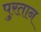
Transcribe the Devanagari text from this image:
पुरतान